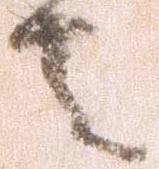
者